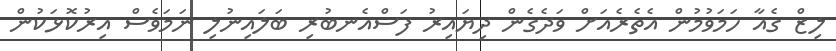
ލިޒް ގެއާ ހަމަވުމުން އެތެރެއަށް ވަދެގެން ދިޔައިރު ފަސްއެނބުރި ބަލައިނުލި ނަމަވެސް އިރުކޮޅަކުން